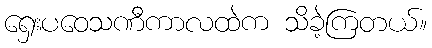
ရှေးပဝေသဏီကာလထဲက သိခဲ့ကြတယ်။